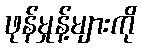
ဖုန်မှုန့်များကို